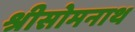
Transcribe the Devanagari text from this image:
श्रीसोमनाथ